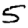
Digit: 5